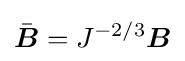
{\bar {\boldsymbol {B}}}=J^{-2/3}{\boldsymbol {B}}